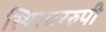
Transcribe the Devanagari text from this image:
स्थिरचररुपी